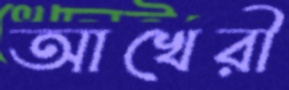
আখেরী